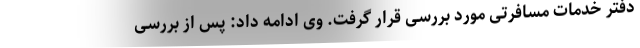
دفتر خدمات مسافرتی مورد بررسی قرار گرفت. وی ادامه داد: پس از بررسی